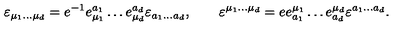
\varepsilon _ { \mu _ { 1 } \ldots \mu _ { d } } = e ^ { - 1 } e _ { \mu _ { 1 } } ^ { a _ { 1 } } \ldots e _ { \mu _ { d } } ^ { a _ { d } } \varepsilon _ { a _ { 1 } \ldots a _ { d } } , \qquad \varepsilon ^ { \mu _ { 1 } \ldots \mu _ { d } } = e e _ { a _ { 1 } } ^ { \mu _ { 1 } } \ldots e _ { a _ { d } } ^ { \mu _ { d } } \varepsilon ^ { a _ { 1 } \ldots a _ { d } } .